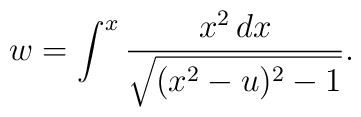
w = \int^x \frac{x^2 \,dx}{\sqrt{(x^2-u)^2-1}}.